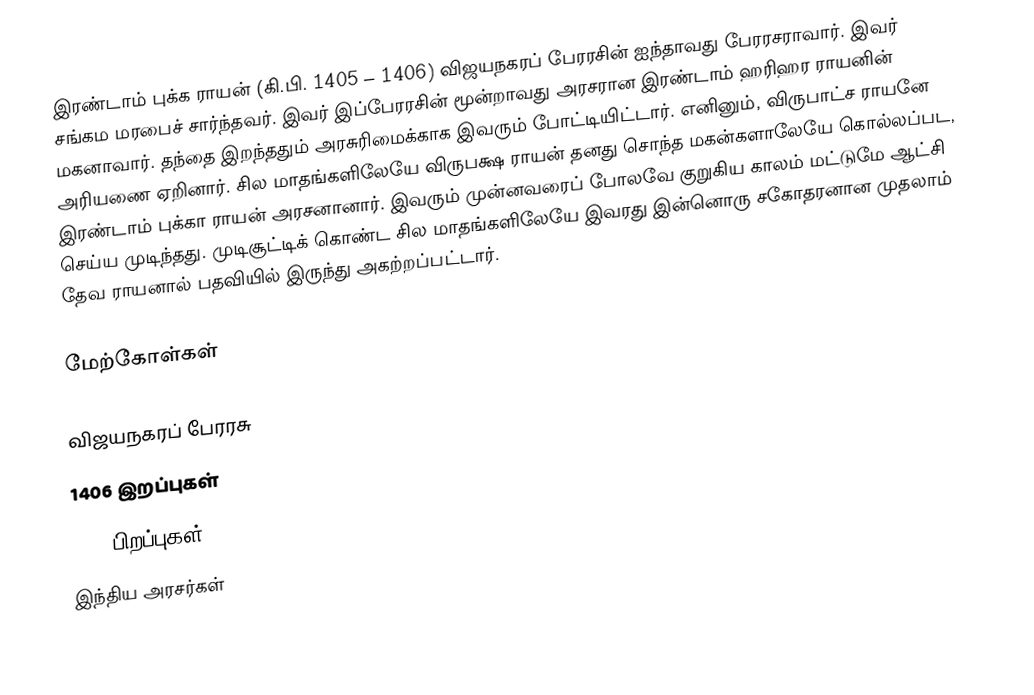
இரண்டாம் புக்க ராயன் (கி.பி. 1405 – 1406) விஜயநகரப் பேரரசின் ஐந்தாவது பேரரசராவார். இவர் சங்கம மரபைச் சார்ந்தவர். இவர் இப்பேரரசின் மூன்றாவது அரசரான இரண்டாம் ஹரிஹர ராயனின் மகனாவார். தந்தை இறந்ததும் அரசுரிமைக்காக இவரும் போட்டியிட்டார். எனினும், விருபாட்ச ராயனே அரியணை ஏறினார். சில மாதங்களிலேயே விருபக்ஷ ராயன் தனது சொந்த மகன்களாலேயே கொல்லப்பட, இரண்டாம் புக்கா ராயன் அரசனானார். இவரும் முன்னவரைப் போலவே குறுகிய காலம் மட்டுமே ஆட்சி செய்ய முடிந்தது. முடிசூட்டிக் கொண்ட சில மாதங்களிலேயே இவரது இன்னொரு சகோதரனான முதலாம் தேவ ராயனால் பதவியில் இருந்து அகற்றப்பட்டார்.

மேற்கோள்கள்

விஜயநகரப் பேரரசு
1406 இறப்புகள்
1405 பிறப்புகள்
 இந்திய அரசர்கள்